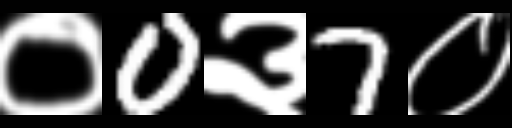
Text: ०0३7०